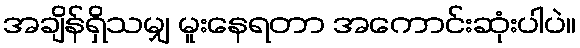
အချိန်ရှိသမျှ မူးနေရတာ အကောင်းဆုံးပါပဲ။